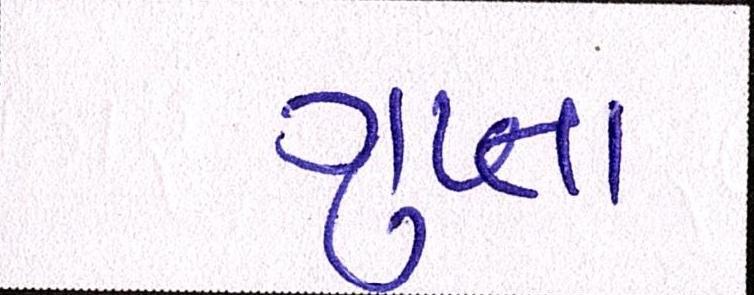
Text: ગુપ્તા